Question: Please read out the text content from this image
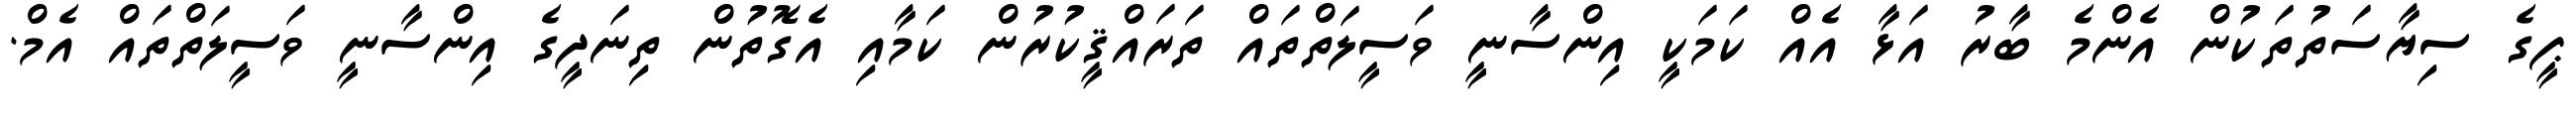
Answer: ޕީގެ ސިޔާސަތުތަކުން އެންމެ ބާރު އަޅާ އެއް ކަމަކީ އިންސާނީ ވަސީލަތްތައް ތަރައްޤީކުރުން ކަމާއި އެގޮތުން ތިނަދީގެ އިންސާނީ ވަސީލަތްތައް އެމް.